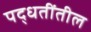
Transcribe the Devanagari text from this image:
पद्धतींतील